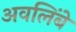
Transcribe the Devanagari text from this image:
अवलिंबे